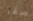
صقر